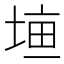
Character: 𡍠